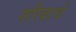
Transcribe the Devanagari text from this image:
गरिबाचे